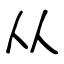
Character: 从